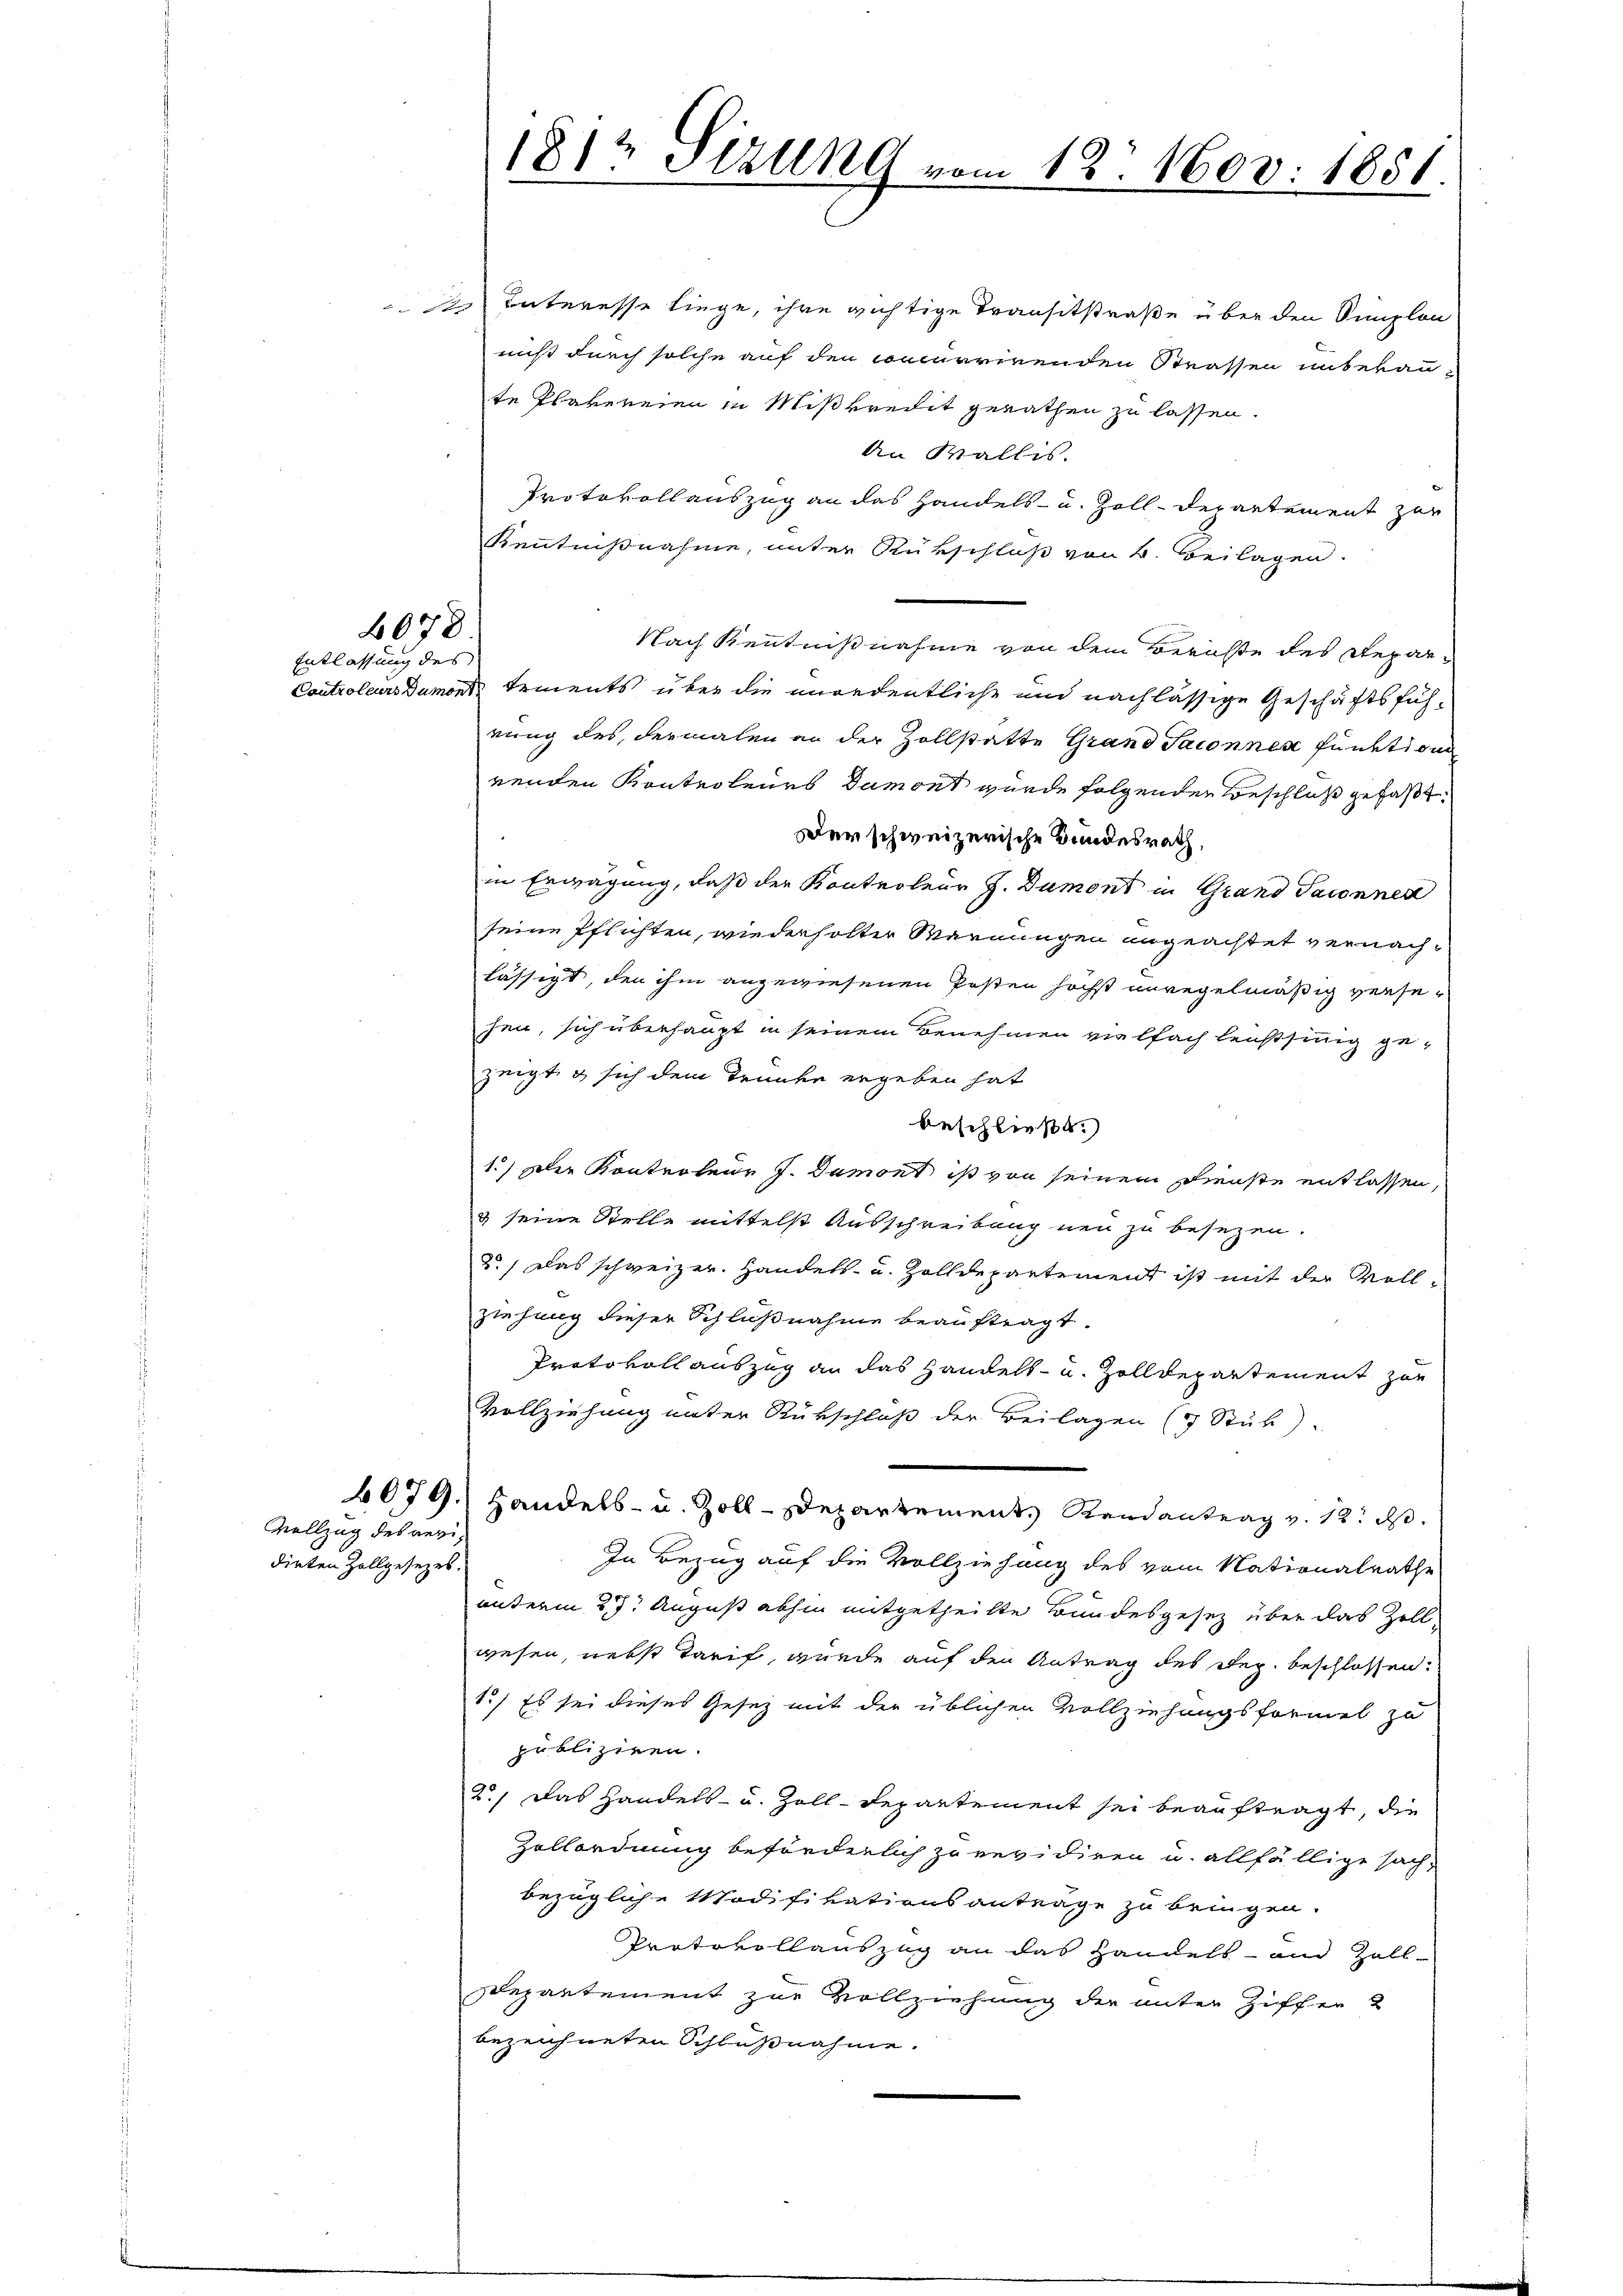
2078
Entlassung des

Vollzug des verdirten Zollgesezes.

de Interesse liege, ihre richtige Transitstraße über den Simplon
nicht durch solche auf den concurrirenden Strassen unbekante Plavereien in Mißkredit gerathen zu lassen.
An Wallis.
Protokollauszug an das Handels- u. Zoll-Departement zur
Kenntnißnahme, unter Rükschluß von B. Beilagen.
Nach Kenntnißnahme von dem Berichte des Repar¬
Controleurs Dumont tements über die unordentliche und nachlässige Geschäftsführung des dermalen an der Zollstatte Grand Saconnes funktigen
renden Kontroleurs Damont wurde folgenden Beschluß gefaßt:
Der schweizerische Bundesrath,
in Erwägung, daß der Kontroleur J. Dumont in Grand Taconner
seine Pflichten, wiederholter Warnungen angeachtet vernachlässigt, den ihm angewiesenen Posten höchst unregelmäßig versehen, sich überhaupt in seinem Benehmen vielfach leistsinnig ge-
zeigt, & sich dem Trunke ergeben hat
beschließt:
1.) Der Kontroleur J. Dumont ist von seinem Dienste entlassen,
3 seine Stelle mittelst Ausschreibung neu zu besezen.
2.) Das schweizer. Handels- u. Zolldepartement ist mit der Vollziehung dieser Schlußnahme beauftragt.
Protokoll auszug an das Handels- u. Zolldepartement zur
Vollziehung unter Rükschluß der Beilagen (7 Stük).
4079., Handels- u. Zoll-Departement, Randantrag v. 12. ds.
In Bezug auf die Vollziehung des vom Nationalrathe
unterm 27. August abhin mitgetheilte Bundesgesetz über das Zollwesen, nebst Tarif, wurde auf den Antrag des Reg. beschlossen:
1.) Es sei dieses Gesez mit der üblichen Vollziehungsformel zu
publiziren.
2.) Das Handels- u. Zolldepartement sei beauftragt, die
Zollordnung beförderlich zu revidiren u. allfällige sach-
bezügliche Modifikationsanträge zu bringen.
Protokollauszug an das Handels- und Zoll-
Departement zur Vollziehung der unter Ziffer
bezeichneten Schlußnahme.

1812 Sizung vom 12. 1603. 1851.